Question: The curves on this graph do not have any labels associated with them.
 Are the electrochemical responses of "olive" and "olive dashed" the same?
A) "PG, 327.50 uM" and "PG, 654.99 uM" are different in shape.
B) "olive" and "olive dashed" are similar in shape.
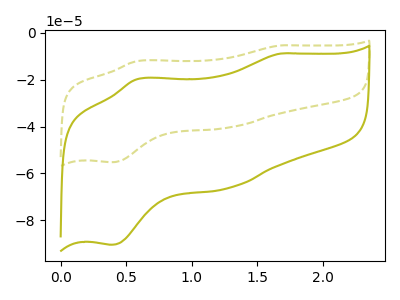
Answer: <think>The olive curve "olive" has anodic peaks at (1.70V, -8.90uA) (0.60V, -19.75uA) and cathodic peaks at (1.30V, -66.25uA) (0.40V, -90.40uA). The olive dashed curve "olive dashed" has anodic peaks at (1.70V, -5.45uA) (0.60V, -12.05uA) and cathodic peaks at (1.30V, -40.45uA) (0.40V, -55.20uA).
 All the peaks in "olive" have a peak in "olive dashed" at the same potential.</think>
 <answer>B) "olive" and "olive dashed" are similar in shape.</answer>
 <eval>B</eval>